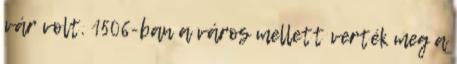
vár volt. 1506-ban a város mellett verték meg a